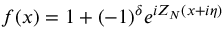
f ( x ) = 1 + ( - 1 ) ^ { \delta } e ^ { i Z _ { N } ( x + i \eta ) }